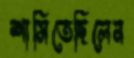
শাসিতেছিলেন